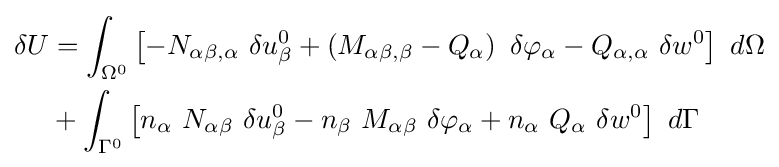
{\begin{aligned}\delta U&=\int _{\Omega ^{0}}\left[-N_{\alpha \beta ,\alpha }~\delta u_{\beta }^{0}+\left(M_{\alpha \beta ,\beta }-Q_{\alpha }\right)~\delta \varphi _{\alpha }-Q_{\alpha ,\alpha }~\delta w^{0}\right]~d\Omega \\&+\int _{\Gamma ^{0}}\left[n_{\alpha }~N_{\alpha \beta }~\delta u_{\beta }^{0}-n_{\beta }~M_{\alpha \beta }~\delta \varphi _{\alpha }+n_{\alpha }~Q_{\alpha }~\delta w^{0}\right]~d\Gamma \end{aligned}}